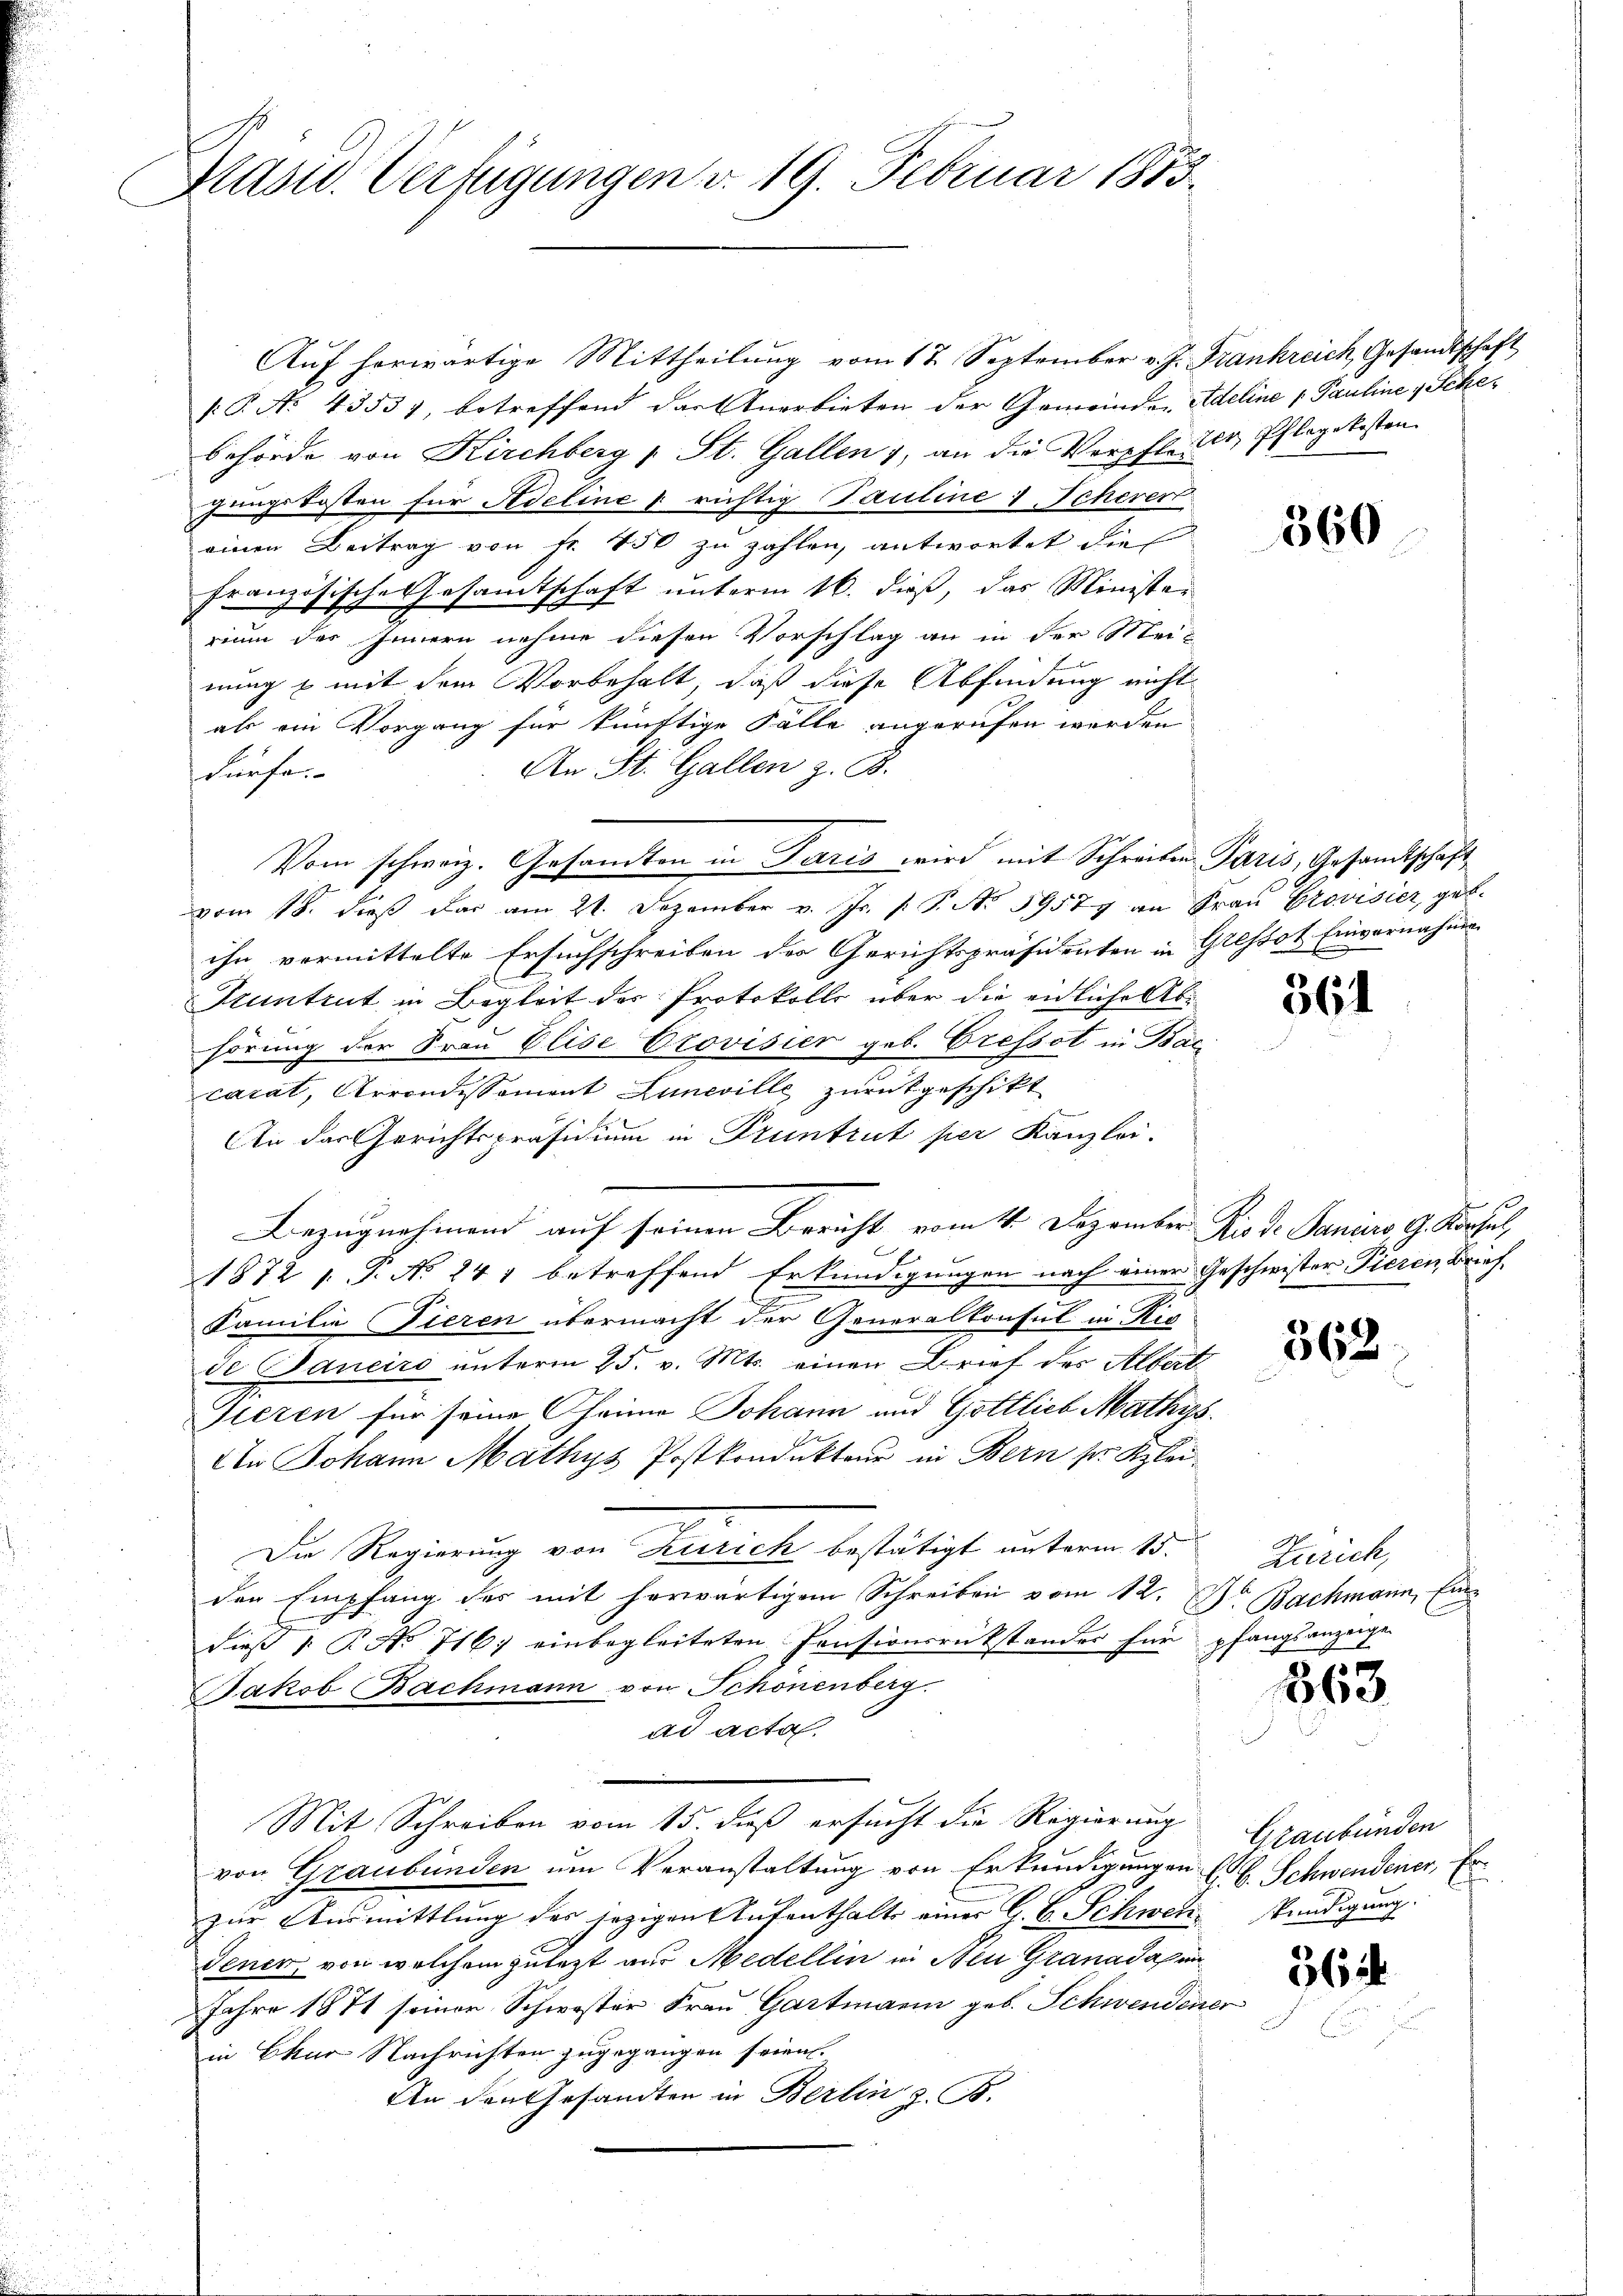
Kasu. Verfügungen v. 19. Februar 1853.

Aŭf herwärtige Mittheilŭng vom 17. September v. J. Frankreich, Gesandtschaft
( P. No 4353), betreffend das Anerbieten der Gemeinden Adeline Pauline & Schebehörde von Kirchberg u St. Gallen, an die Verpfleter Pflegekosten.
gungskosten für Adeline u richtig Pauline 1 Schever
einen Beitrag von Fr. 450 zu zahlen, antwortet dies
französische Gesamtschaft unterm 16. dieß, das Minister
rium des Innern nehme diesen Vorschlag an in der Meinung & mit dem Vorbehalt, daß diese Abfindung nicht
als ein Vorgang für künftige Falle angerufen werden
An St. Gallen z. B.
dürfe.
Vom schweiz. Gesandten in Paris wird mit Schreiben Paris, Gesandtschaft
vom 18. dieß das am 21. Dezember v. Js. s. S. No 39579 an Frau Provisier, geb.
ihn vermittelte Ersuchschreiben der Gerichtspräsidenten in Gressot Einvernahmen
Suntrut in Begleit der Protokolle über die eidliche Abhörung der Frau Elise Provisier geb. Cressot in Bac
carat, Arrondissoment Luneville zurückgeschikt
An das Gerichtspräsidium in Pruntrut per Kanzlei-
Bezugnahmend auf seinen Bericht vom 11. Dezember Kis d. Janis 9. Vorfal
1872 f. P. No 241 betreffend Erkundigungen nach einer Geschwister Tieren Brief
Familie Tieren übermacht der Generalkonsul in Ric
de Janeiro unterm 25. v. Mts. einen Brief des Albert
Gieren für seine Oheime Johann und Gottlieb Mathys.
Un Johann Mathys Postkondukteur in Bern sr. Klei¬
Die Regierung von Zürich bestätigt unterm 15.
den Empfang des mit herwärtigem Schreiben vom 12. Dr. Bachmann, Eindieß P. No 716) einbegleiteten Consionsrükstandes für pfangsanzeige
Jakob Bachmann von Schönenberg.
ad acta.
Mit Schreiben vom 15. dieß ersucht die Regierung
von Graubünden um Veranstaltung von Erkundigungen
zur Ausmittlung des jezigen Aufenthalte einer G. B. Schwer Kündigung.
Jener, von welchem zulezt aus Medellin in Neu Granada un
Jahre 1871 seiner Schwester Frau Gartmann geb. Schwendene
in Chur Nachrichten zugegangen seien.
An den Gesandten in Berlin z. B.

360

361

1

362.

Zürich,

363.

Graubünden
 Schwendener, Er

564